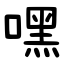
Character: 嘿